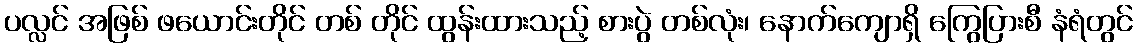
ပလ္လင် အဖြစ် ဖယောင်းတိုင် တစ် တိုင် ထွန်းထားသည့် စားပွဲ တစ်လုံး၊ နောက်ကျောရှိ ကြွေပြားစီ နံရံတွင်